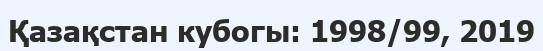
Қазақстан кубогы: 1998/99, 2019